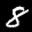
Digit: 8